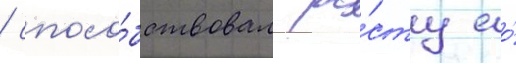
/ спосо́бствовал ро́сту ео́